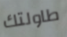
طاولتك